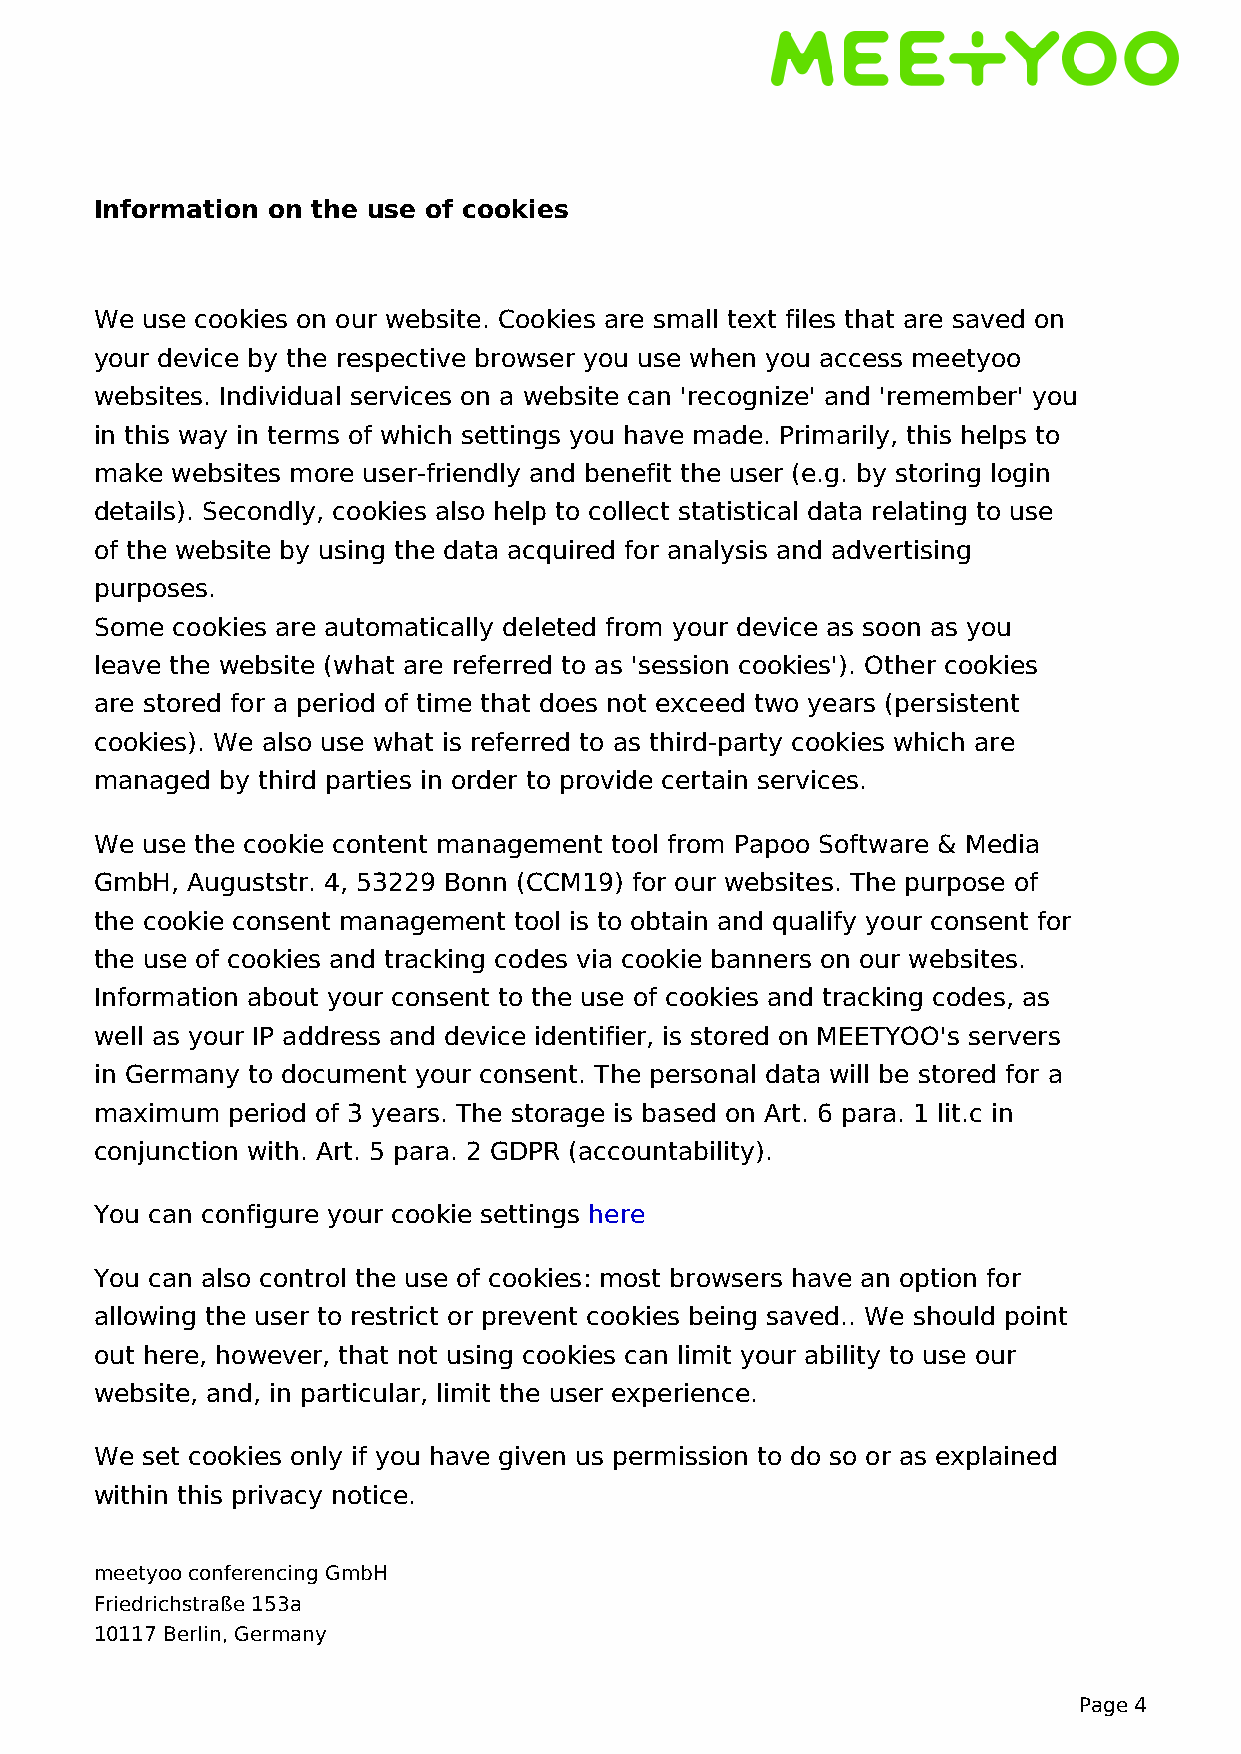
Information on the use of cookies
 We use cookies on our website. Cookies are small text files that are saved on
 your device by the respective browser you use when you access meetyoo
 websites. Individual services on a website can 'recognize' and 'remember' you
 in this way in terms of which settings you have made. Primarily, this helps to
 make websites more user-friendly and benefit the user (e.g. by storing login
 details). Secondly, cookies also help to collect statistical data relating to use
 of the website by using the data acquired for analysis and advertising
 purposes.
 Some cookies are automatically deleted from your device as soon as you
 leave the website (what are referred to as 'session cookies'). Other cookies
 are stored for a period of time that does not exceed two years (persistent
 cookies). We also use what is referred to as third-party cookies which are
 managed  by third parties in order to provide certain services.
 We use the cookie content management tool from Papoo Software & Media
 GmbH, Auguststr. 4, 53229 Bonn (CCM19) for our websites. The purpose of
 the cookie consent management tool is to obtain and qualify your consent for
 the use of cookies and tracking codes via cookie banners on our websites.
 Information about your consent to the use of cookies and tracking codes, as
 well as your IP address and device identifier, is stored on MEETYOO's servers
 in Germany to document your consent. The personal data will be stored for a
 maximum  period of 3 years. The storage is based on Art. 6 para. 1 lit.c in
 conjunction with. Art. 5 para. 2 GDPR (accountability).
 You can configure your cookie settings here
 You can also control the use of cookies: most browsers have an option for
 allowing the user to restrict or prevent cookies being saved.. We should point
 out here, however, that not using cookies can limit your ability to use our
 website, and, in particular, limit the user experience.
 We set cookies only if you have given us permission to do so or as explained
 within this privacy notice.
 meetyoo conferencing GmbH
 Friedrichstraße 153a
 10117 Berlin, Germany
 Page 4